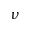
\nu